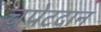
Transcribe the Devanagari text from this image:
चपेटदान